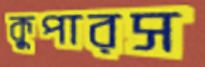
কুপারস